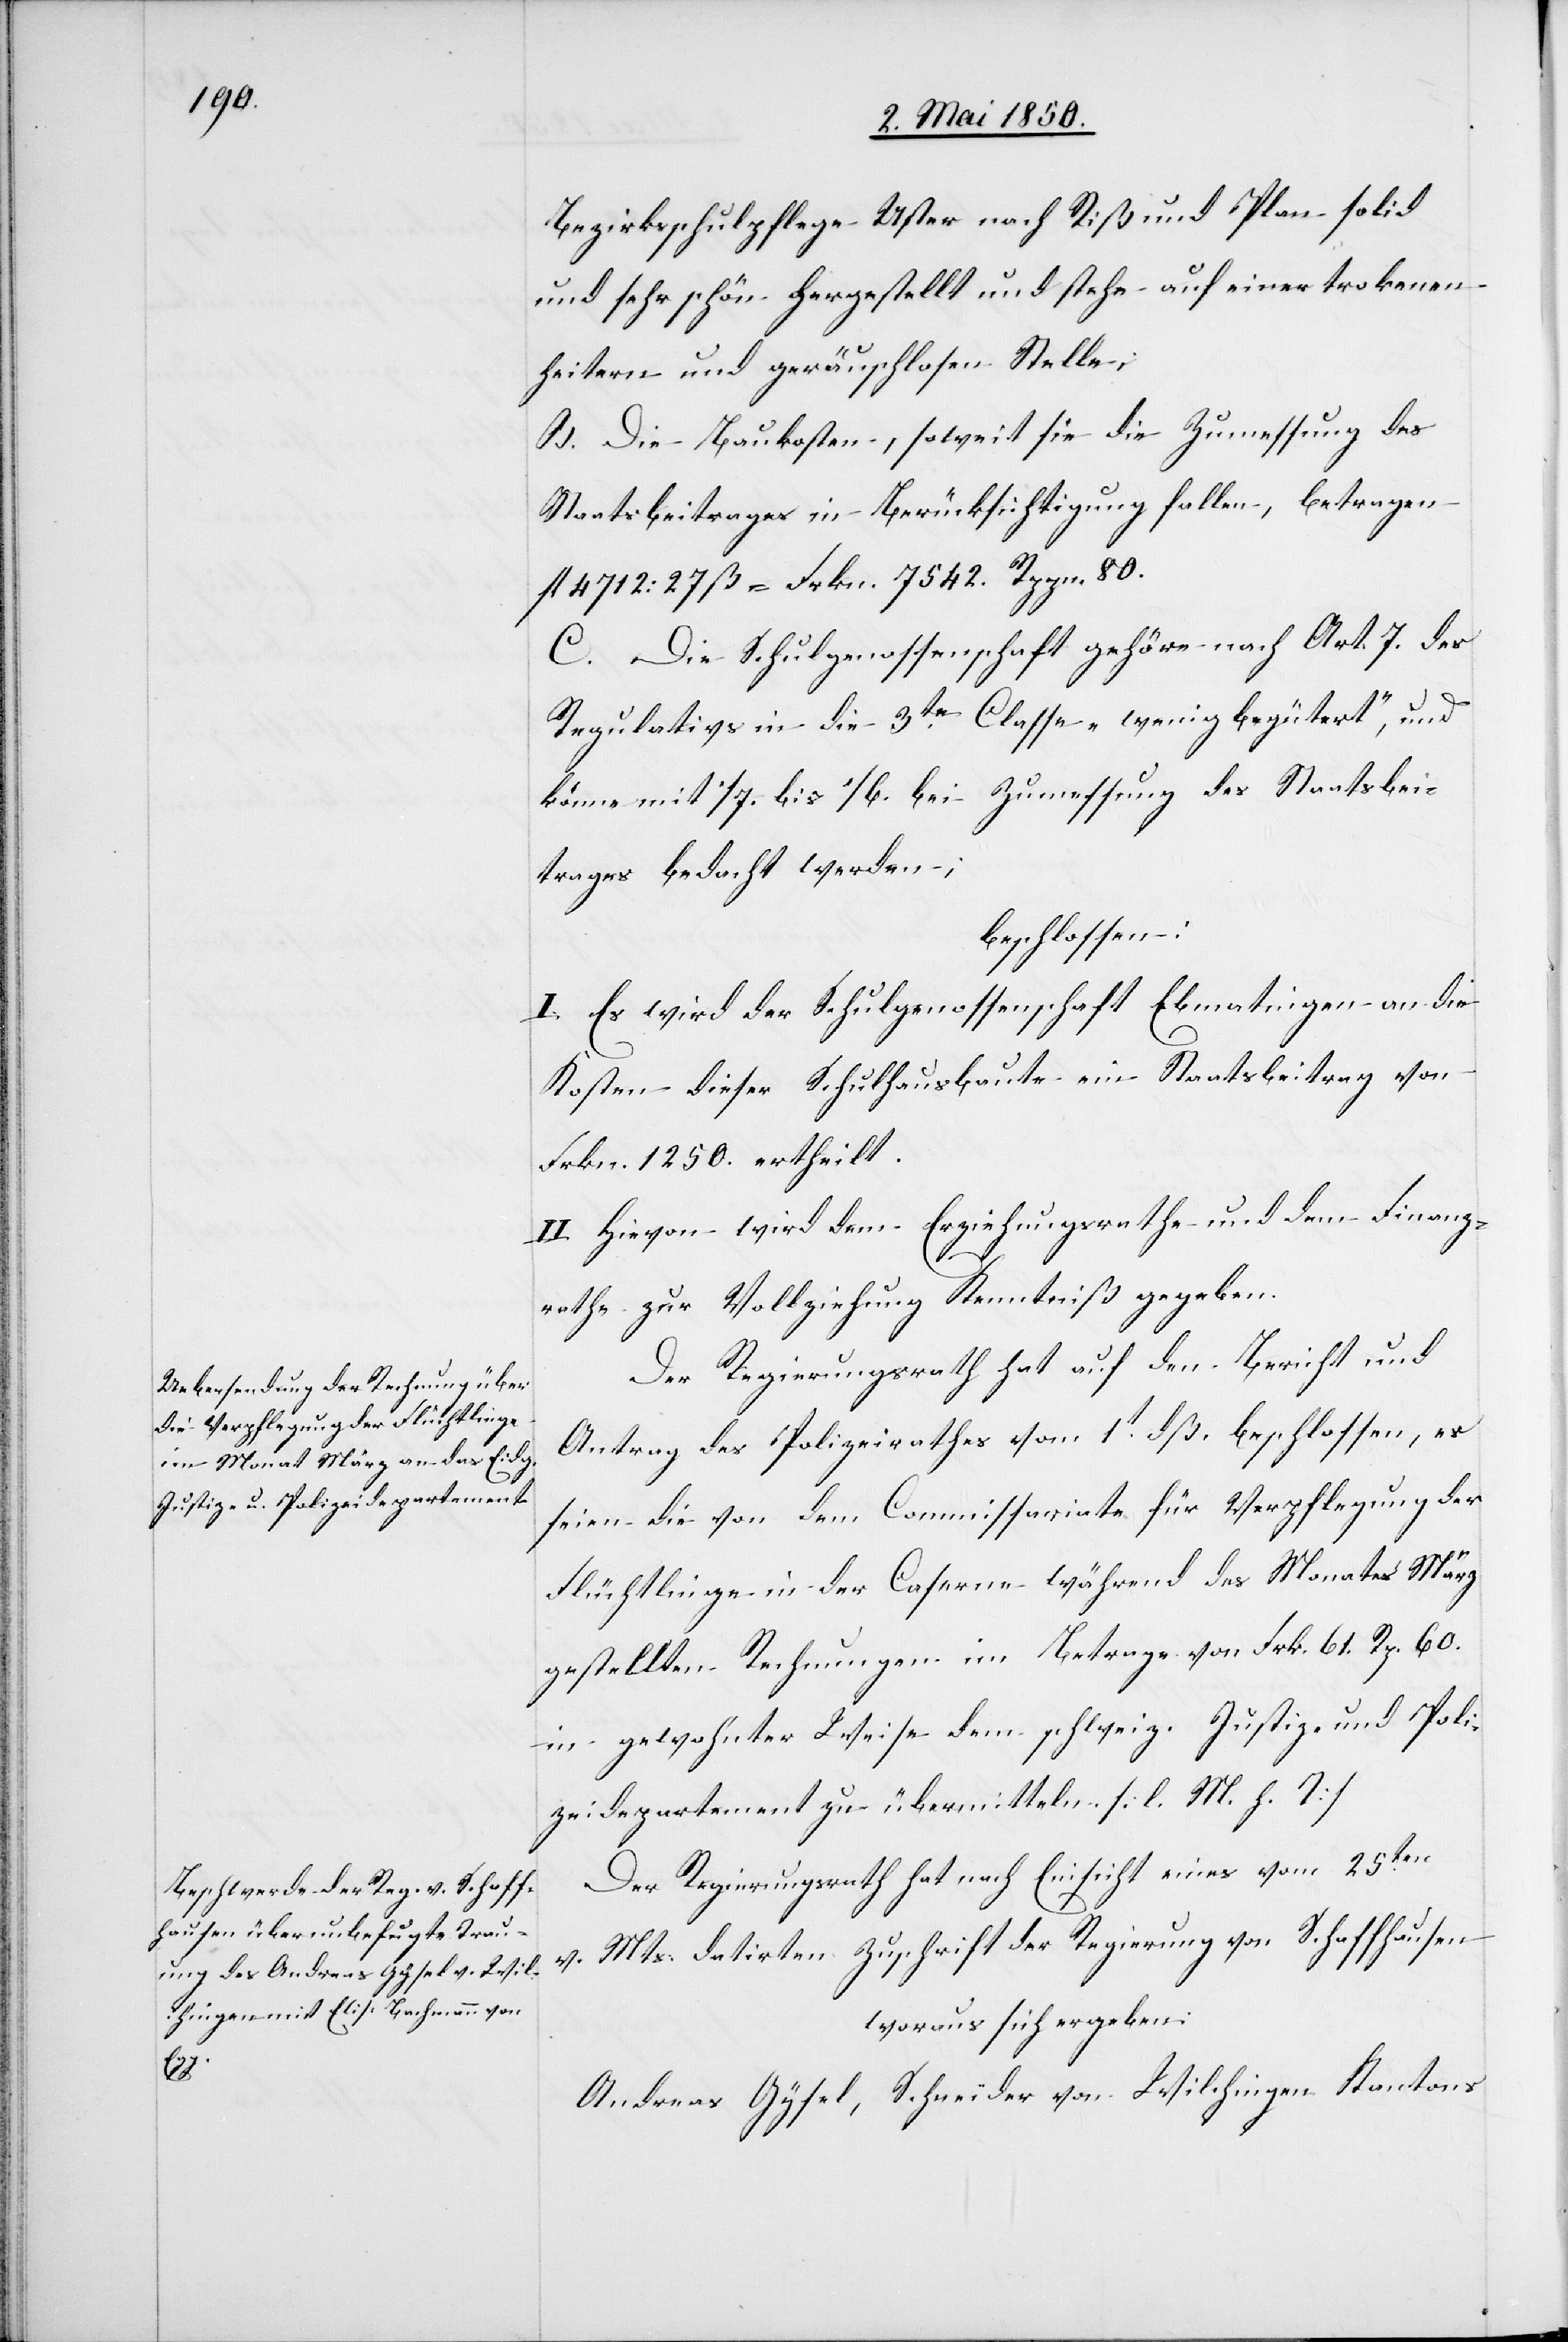
Bezirksschulpflege Uster nach Riß und Plan solid
und sehr schön hergestellt und stehe auf einer trokenen
heitern und geräuschlosen Stelle,
B. Die Baukosten, soweit sie die Zumessung des
Staatsbeitrages in Berücksichtigung fallen [sic!], betragen
fl 4712: 27 ß = Frkn. 7542. Rppn. 80.
C. Die Schulgenossenschaft gehöre nach Art. 7. der
Regulativs in die 3te Classe „wenig begütert“, und
könne mit 1/7. bis 1/6. bei Zumessung des Staatsbei¬
trages bedacht werden;
beschlossen:
I. Es wird der Schulgenossenschaft Ebmatingen an die
Kosten dieser Schulhausbaute ein Staatsbeitrag von
Frkn. 1250. ertheilt.
II. Hievon wird dem Erziehungsrathe und dem Finanz¬
rathe zur Vollziehung Kenntniß gegeben.
Der Regierungsrath hat auf den Bericht und
Antrag des Polizeirathes vom 1t dß. beschlossen, es
seien die von dem Commissariate für Verpflegung der
Flüchtlinge in der Caserne während des Monates März
gestellten Rechnungen im Betrage von Frk. 61. Rp. 60.
in gewohnter Weise dem schweiz. Justiz- und Poli¬
zeidepartement zu übermitteln [l. M. h. T]
Der Regierungsrath hat nach Einsicht eines vom 25ten
v. Mts. datirten Zuschrift der Regierung von Schaffhausen
woraus sich ergeben:
Andreas Gysel, Schneider von Wilchingen Kantons